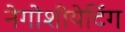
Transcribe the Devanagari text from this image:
नेगोशीयेटिंग